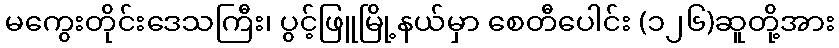
မကွေးတိုင်းဒေသကြီး၊ ပွင့်ဖြူမြို့နယ်မှာ စေတီပေါင်း (၁၂၆)ဆူတို့အား